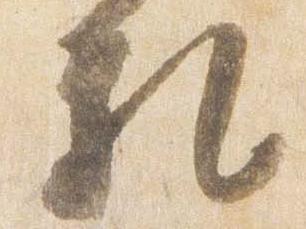
礼